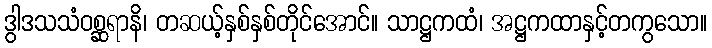
ဒွါဒသသံဝစ္ဆရာနိ၊ တဆယ့်နှစ်နှစ်တိုင်အောင်။ သာဋ္ဌကထံ၊ အဋ္ဌကထာနှင့်တကွသော။